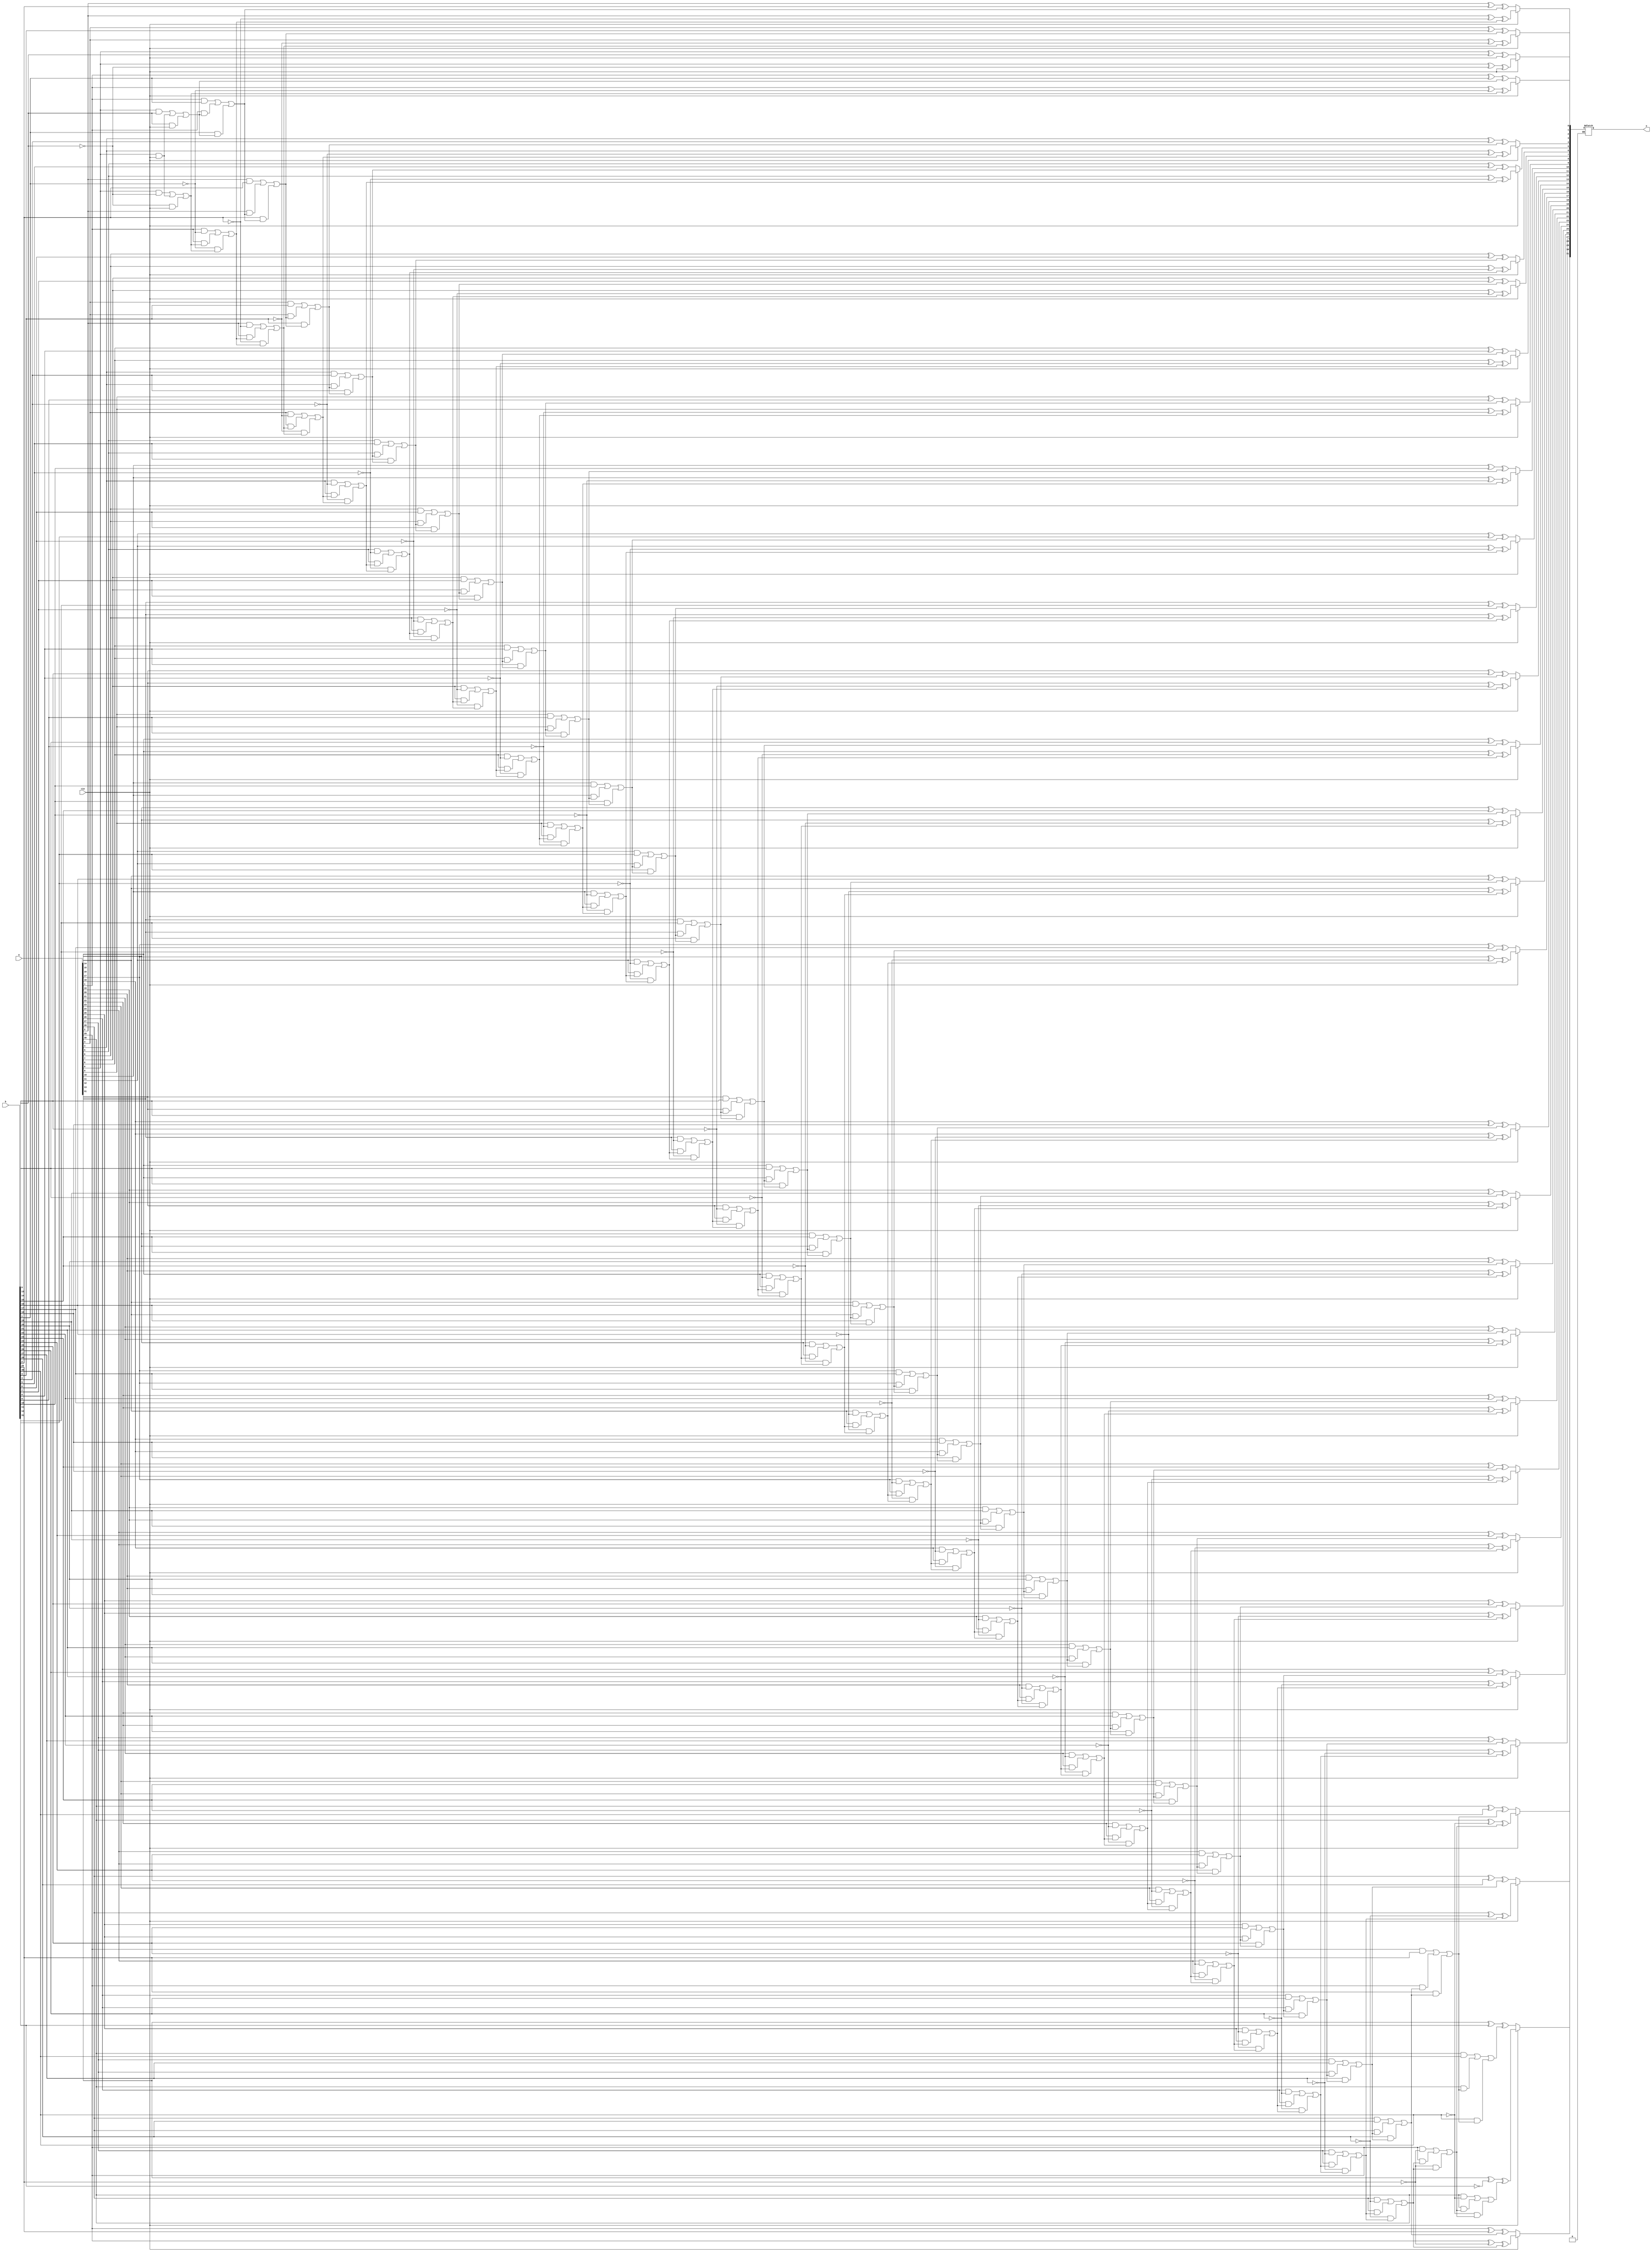
`timescale 1ns/ 1ps
module subtractor(a, b, cin, o);
input [31:0] a;
input [31:0] b;
input cin;
output reg [31:0] o;
reg [32:0] c;
integer i;

always @ (a or b or cin)
  begin
    c[0]=cin;
    if (cin == 0) 
    begin
      for ( i=0; i<32 ; i=i+1)
        begin
         o[i]= a[i]^b[i]^c[i];
         c[i+1]= (a[i]&b[i])|(a[i]&c[i])|(b[i]&c[i]);
        end
      end
    else if (cin == 1) begin
      for ( i=0; i<32 ; i=i+1)
        begin
          o[i]= a[i]^(~ b[i])^c[i];
          c[i+1]= (a[i]&(~b[i]))|(a[i]&c[i])|((~b[i])&c[i]);
        end
      end
    end
endmodule